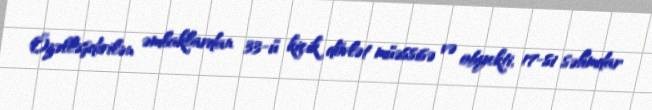
Özəlləşdirilən əmlaklardan 33-ü kiçik dövlət müəssisə və obyekti, 17-si səhmdar